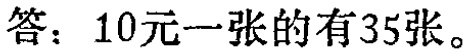
答：10元一张的有35张。